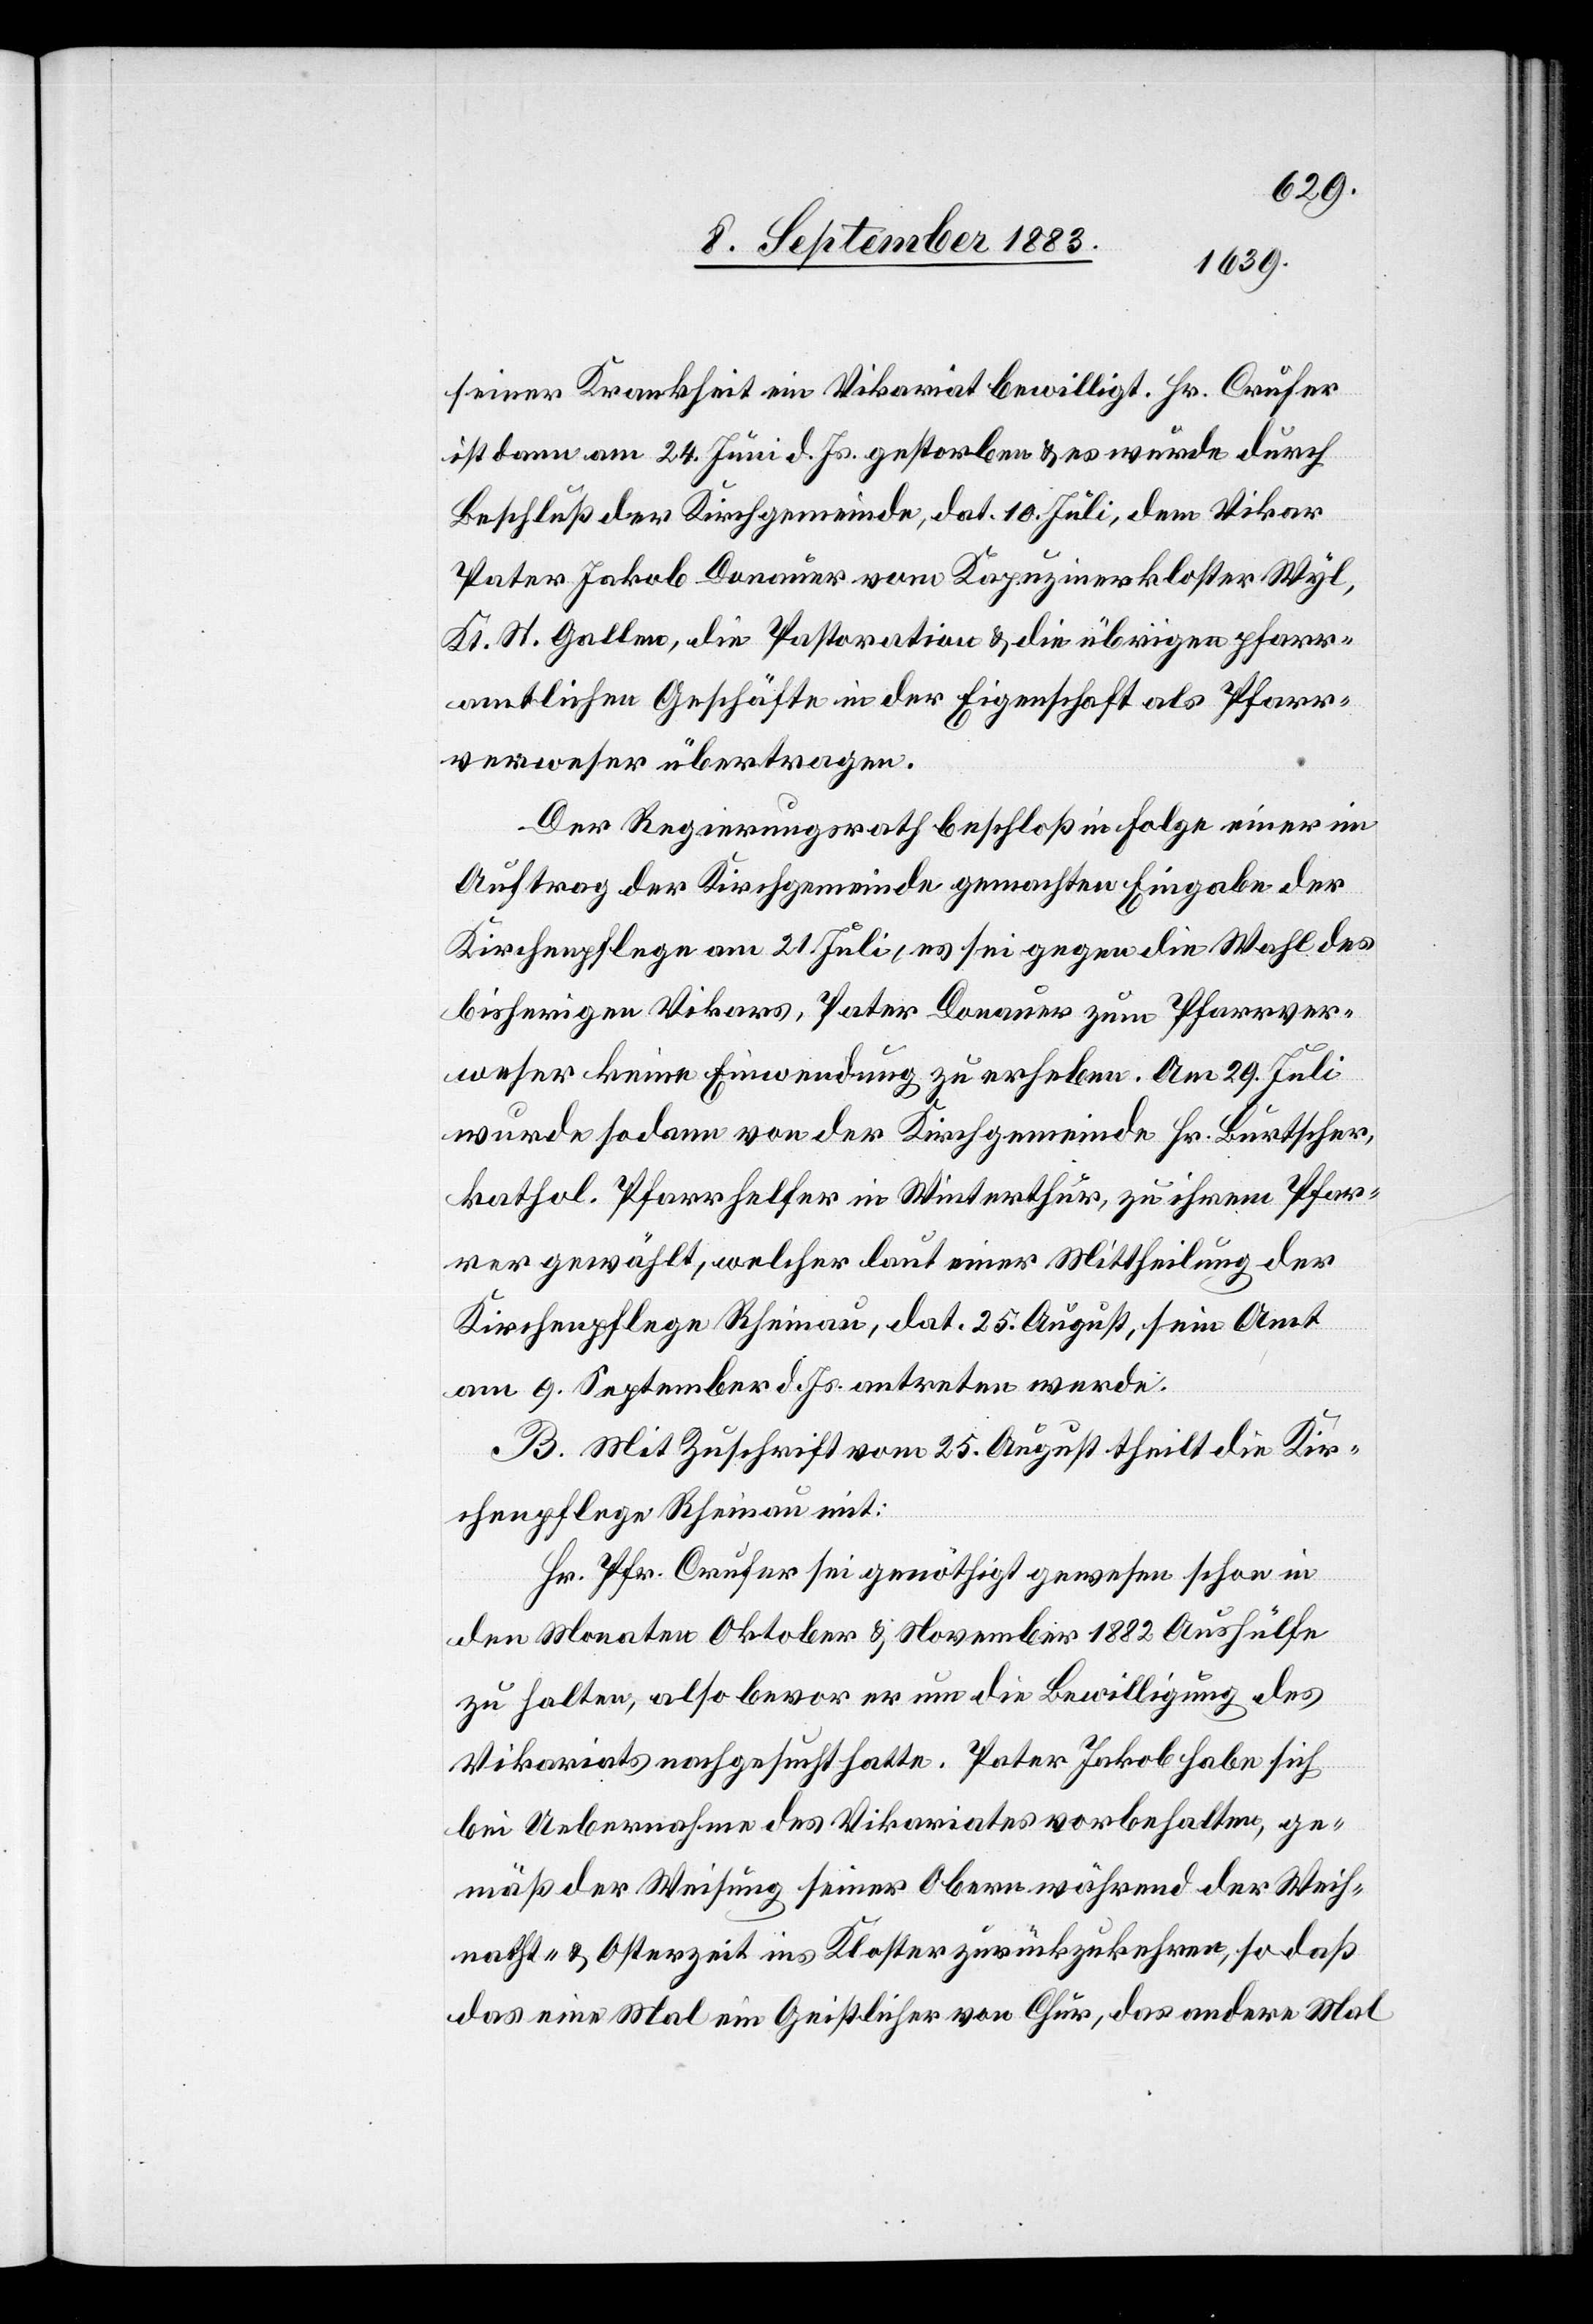
seiner Krankheit ein Vikariat bewilligt. Hr. Crufer
ist dann am 24. Juni d. Js. gestorben & es wurde durch
Beschluß der Kirchgemeinde, dat. 10. Juli, dem Vikar
Pater Jakob Donauer vom Kapuzinerkloster Wyl,
Kt. St. Gallen, die Pastoration & die übrigen pfarr¬
amtlichen Geschäfte in der Eigenschaft als Pfarr¬
verweser übertragen.
Der Regierungsrath beschloß in Folge einer im
Auftrag der Kirchgemeinde gemachten Eingabe der
Kirchenpflege am 21. Juli, es sei gegen die Wahl des
bisherigen Vikars, Pater Donauer zum Pfarrver¬
weser keine Einwendung zu erheben. Am 29. Juli
wurde sodann von der Kirchgemeinde Hr. Burtscher,
kathol. Pfarrhelfer in Winterthur, zu ihrem Pfar¬
rer gewählt, welcher laut einer Mittheilung der
Kirchenpflege Rheinau, dat. 25. August, sein Amt
am 9. Sept. d. Js. antreten werde.
B. Mit Zuschrift vom 25. August theilt die Kir¬
chenpflege Rheinau mit:
Hr. Pfr. Crufer sei genöthigt gewesen schon in
den Monaten Oktober & November 1882 Aushülfe
zu halten, also bevor er um die Bewilligung des
Vikariates nachgesucht hatte. Pater Jakob habe sich
bei Uebernahme des Vikariates vorbehalten, ge¬
mäß der Weisung seiner Obern während der Weih¬
nacht- & Osterzeit ins Kloster zurückzukehren, so daß
das eine Mal ein Geistlicher von Chur, das andere Mal